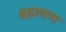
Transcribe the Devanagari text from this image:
ब्रहामण